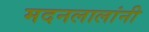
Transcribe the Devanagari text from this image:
मदनलालांनी